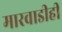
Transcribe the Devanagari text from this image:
मारवाडीही